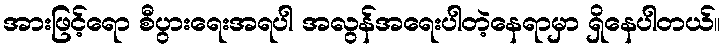
အားဖြင့်ရော စီပွားရေးအရပါ အလွန်အရေးပါတဲ့နေရာမှာ ရှိနေပါတယ်။